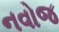
નવોજ